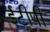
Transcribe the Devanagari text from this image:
ईटीपी